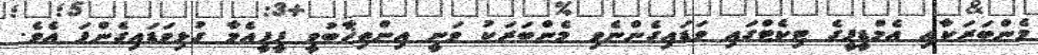
މެންބަރަކާއި އެމްޑީޕީގެ ޓިކެޓްގައި ވަޑައިގެންނެވި މެންބަރަކު ވަނީ އިންތިޚާބުވީ ޕީޕީއެމާ ގުޅިވަޑައިގެންފަ އެވެ.